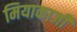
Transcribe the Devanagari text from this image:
मियाकाजी